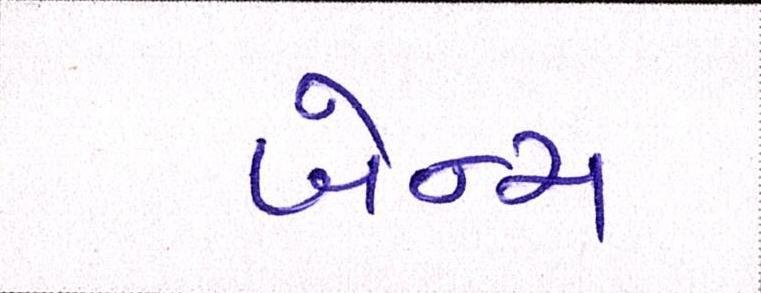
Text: બેન્ચ